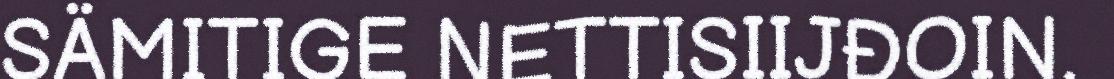
SÄMITIGE NETTISIIJĐOIN.